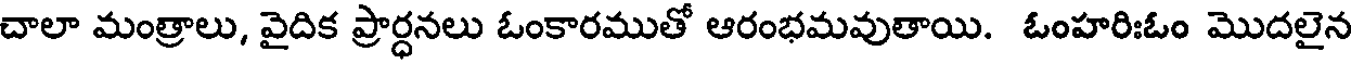
చాలా మంత్రాలు, వైదిక ప్రార్ధనలు ఓంకారముతో ఆరంభమవుతాయి. ఓంహరిఃఓం మొదలైన